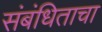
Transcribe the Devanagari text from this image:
संबंधिताचा